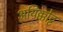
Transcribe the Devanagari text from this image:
अयिक्कोट्ट